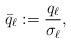
LaTeX: \begin{align*}\bar{q}_\ell := \frac{q_\ell}{\sigma_\ell},\end{align*}